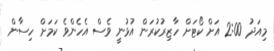
މިއަދު 2:00 އަށް ކޯޓަށް ހާޒިރުކުރަން އުޅުނީ ވެސް އެހެންވެ ކަމަށް ހިސާން